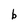
Character: b